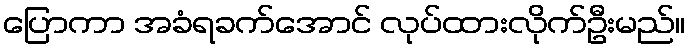
ပြောကာ အခံရခက်အောင် လုပ်ထားလိုက်ဦးမည်။